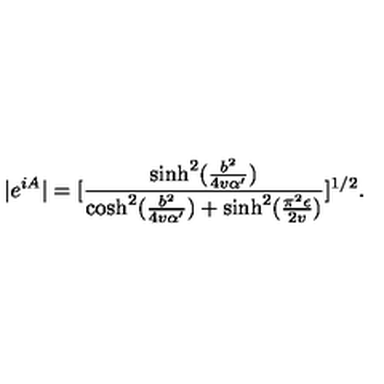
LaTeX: | e ^ { i A } | = [ \frac { \sinh ^ { 2 } ( \frac { b ^ { 2 } } { 4 v \alpha ^ { \prime } } ) } { \cosh ^ { 2 } ( \frac { b ^ { 2 } } { 4 v \alpha ^ { \prime } } ) + \sinh ^ { 2 } ( \frac { \pi ^ { 2 } \epsilon } { 2 v } ) } ] ^ { 1 / 2 } .